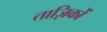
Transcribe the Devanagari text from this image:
ताज़िकों